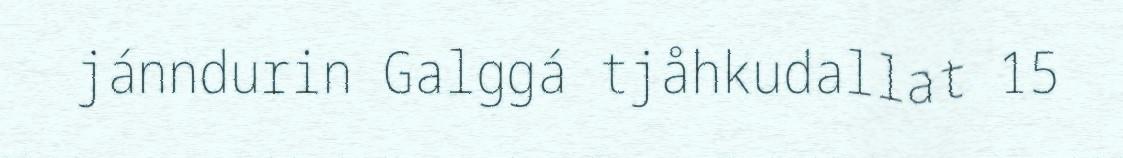
jánndurin Galggá tjåhkudallat 15